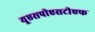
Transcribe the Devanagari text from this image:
यूएसपीएसटीएफ